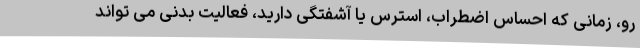
رو، زمانی که احساس اضطراب، استرس یا آشفتگی دارید، فعالیت بدنی می تواند